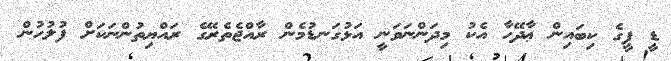
ޑީ ޕީގެ ކިބައިން ޢާދޭހާ އެކު މިދަންނަވަނީ އަޅުގަނޑުމެން ރާއްޖެތެރޭގެ ރައްޔިތުންނަކަށް ފުލުހުން